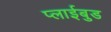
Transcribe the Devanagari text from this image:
प्लाईबुड